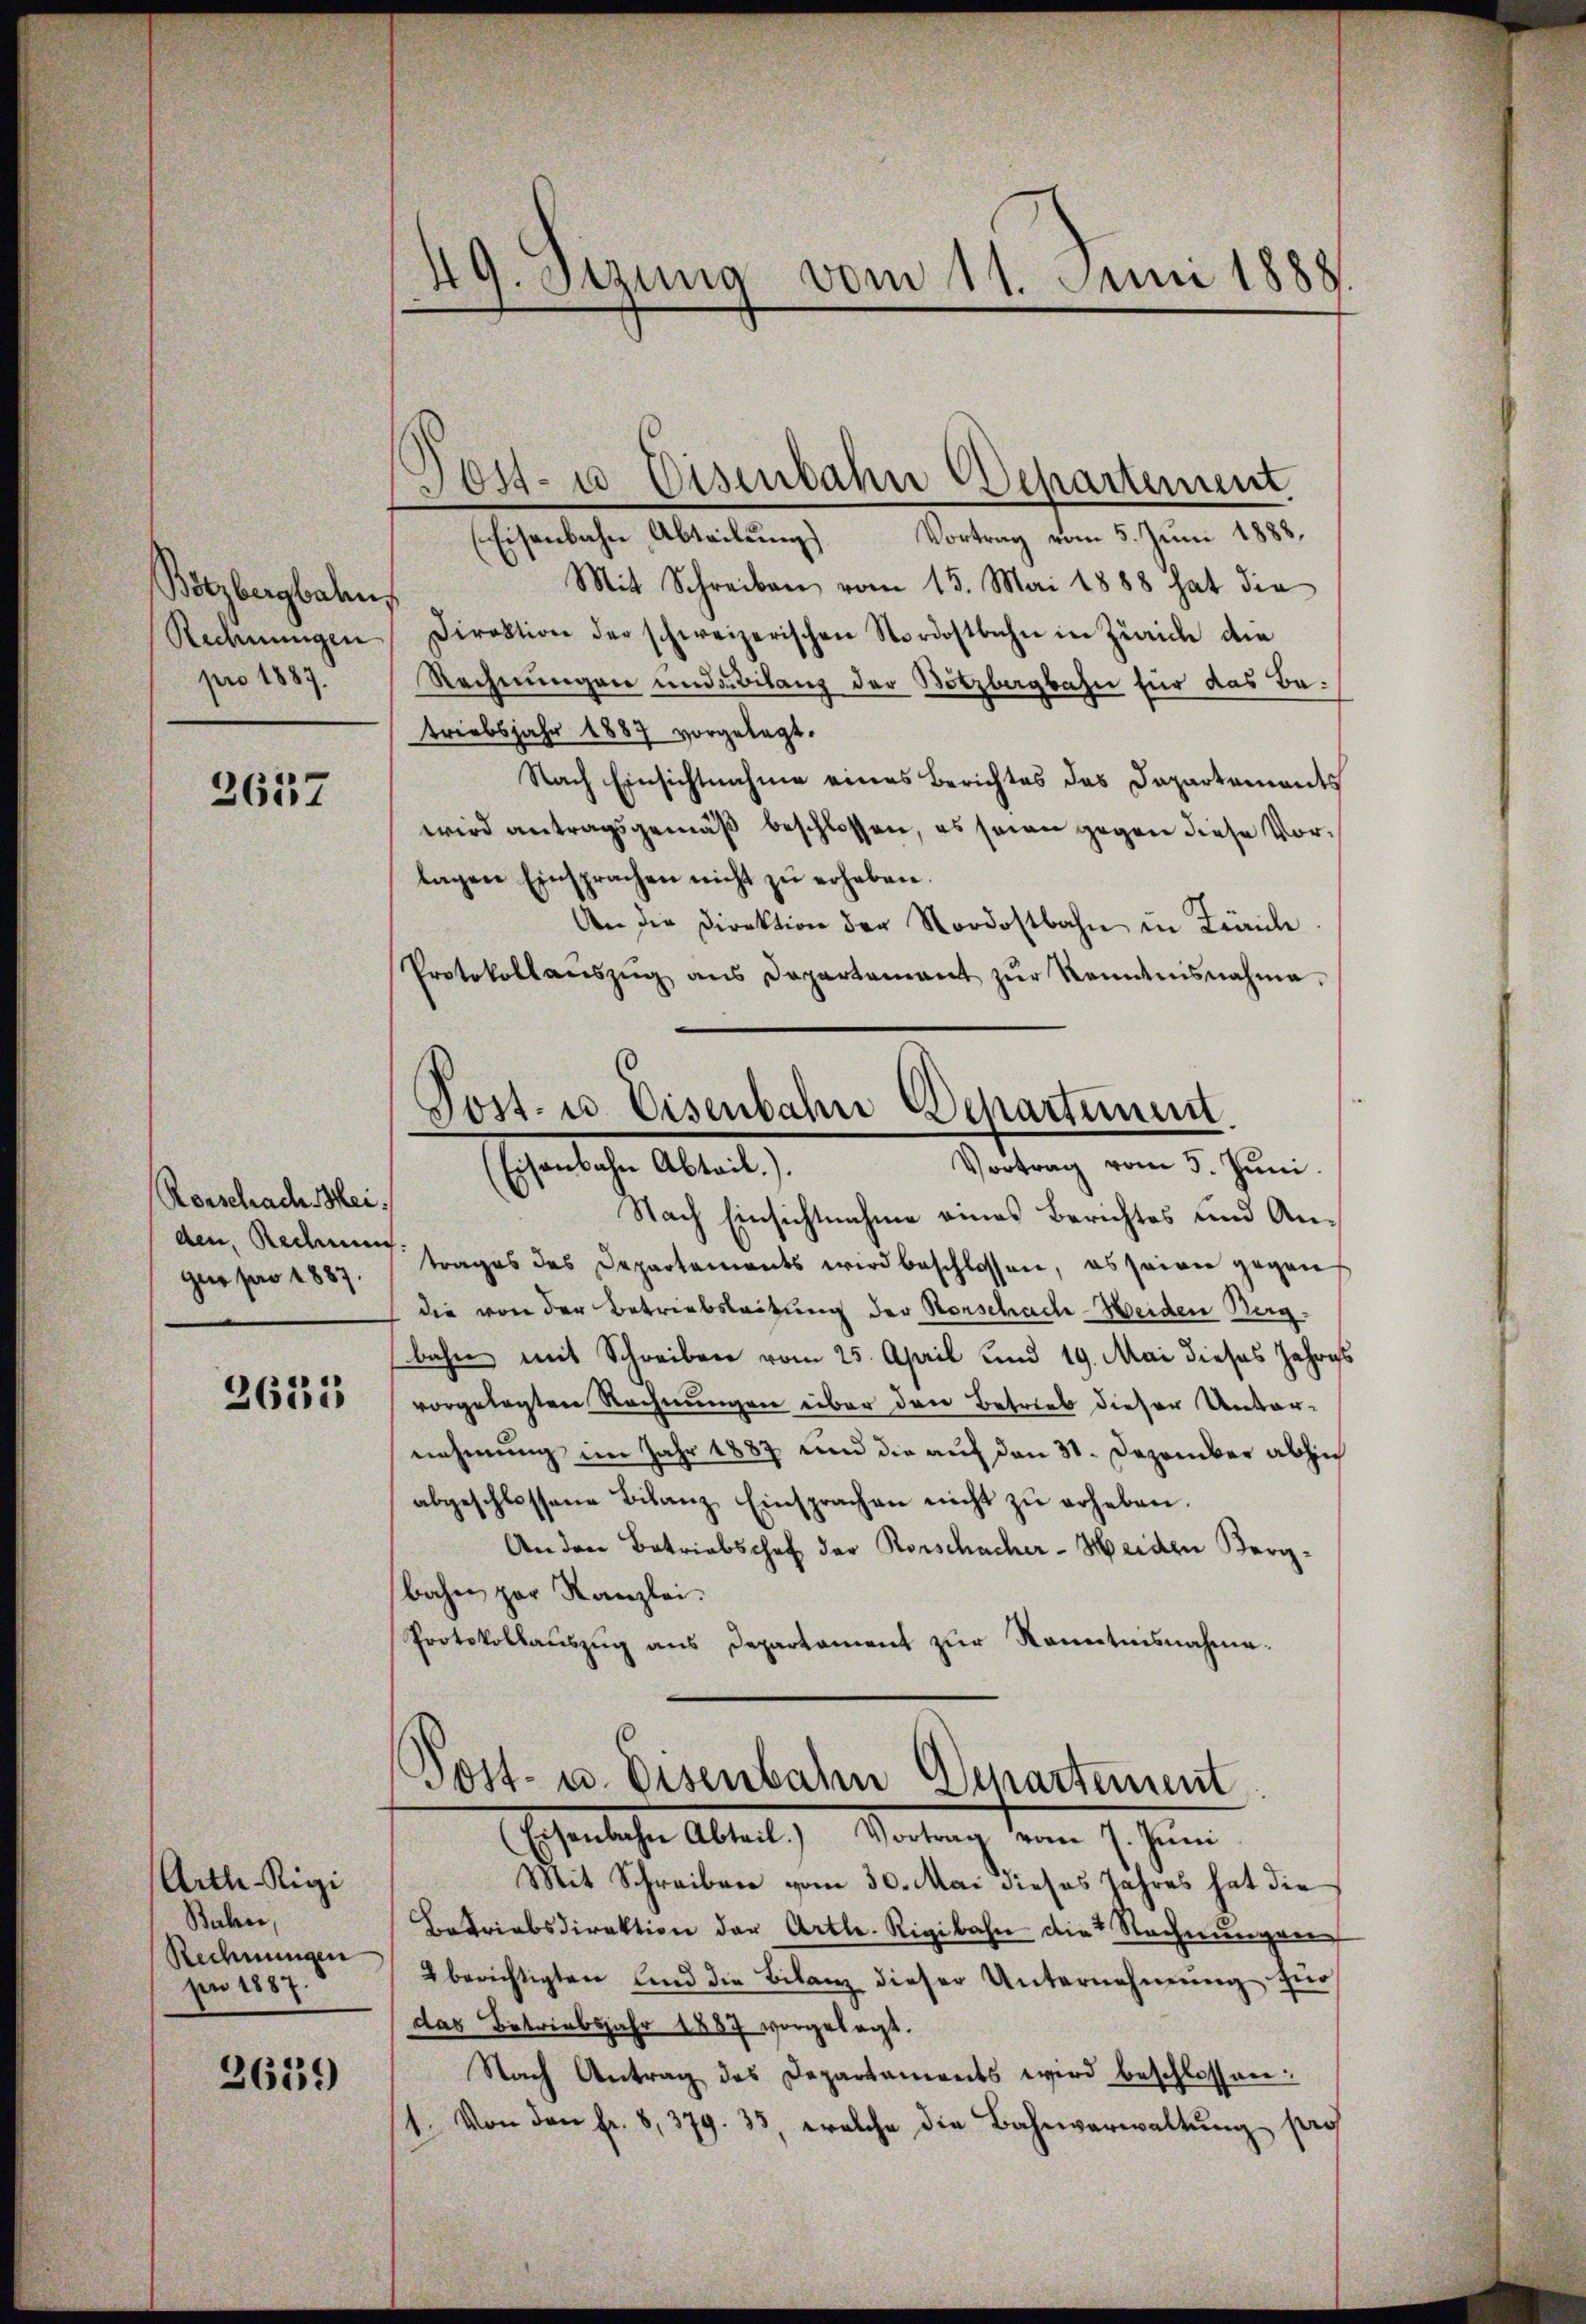
Bötzbergbahn,
pro 1887.

2657

Rorschach Mei
den, Rednen.
gus pro 1887.

3635

Arth Rigi
Baher,
Rechnungen
pn 1887.

2639

49. Sitzung vom 11. Juni 1888.

Eisenbahn, Abteilung Vortrag vom 5. Juni 1888.
Mit Schreiben vom 15. Mai 1888 hat die
Rechnŭngen Direktion der schweizerischen Nordostbahn in Zürich die
Rechnungen und ubilanz der Notzbergbahn für das Betriebsjahr 1887 vorgelegt.
Nach Einsichtnahme eines Berichtes das Departements
wird antragsgemäß beschlossen, es seien gegen diese Vorlagen Einsprachen nicht zŭ erheben.
An die Direktion der Nordostbahn in Zürich
Protokollaŭszŭg ans Departamant zŭr Romanisnahme.
Post- u. Eisenbahn Departement
Vortrag vom 5. Juni.
Eisenbahn Abtail.).
Nach Einsichtnahme eines Berichtes und Antrages des Departements wird beschlossen, es seinen gegen
die von der Betriebsleitung der Vorschach-Weiden Bergbahn mit Schreiben vom 25. April und 19. Mai dieses Jahres
vorgelegten Rechnungen über den Betrieb dieser Unter-
nehmung im Jahr 1887 und die auf den 31. Dezember abhin
abgeschlossene Bilanz Einsprachen nicht zŭ erheben.
Anden Betriebschef der Rorschacher-Heiden Bergbahn zur Kanzlei.
Protokollauszug aus Departament zur Kenntnisnahme.

Dost- u Eisenbahn Departement

Post- u. Eisenbahn Departement
Hosenschen Albert Montrag dem 1. Jun

Mit Schreiben vom 30. Mai dieses Jahres hat die
Betriebsdirektion der Artl. Rigibahn die Rechnungen
2 berichtigten und die Bilanz dieser Unternehmung für
das Betriebsjahr 1887 vorgelegt.
Nach Antrag des Departaments wird beschlossen:
1. Von den Fr. 8,379. 33, welche die Bahnverwaltŭng pro